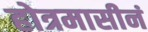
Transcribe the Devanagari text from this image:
होत्रमासीनं